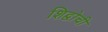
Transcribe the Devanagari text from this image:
शिद्वोची